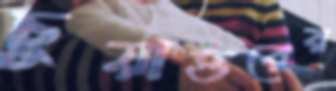
চুয়াত্তরের